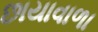
છાયાવાળા